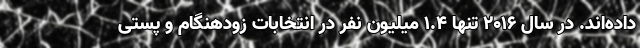
داده‌اند. در سال 2016 تنها 1.4 میلیون نفر در انتخابات زودهنگام و پستی